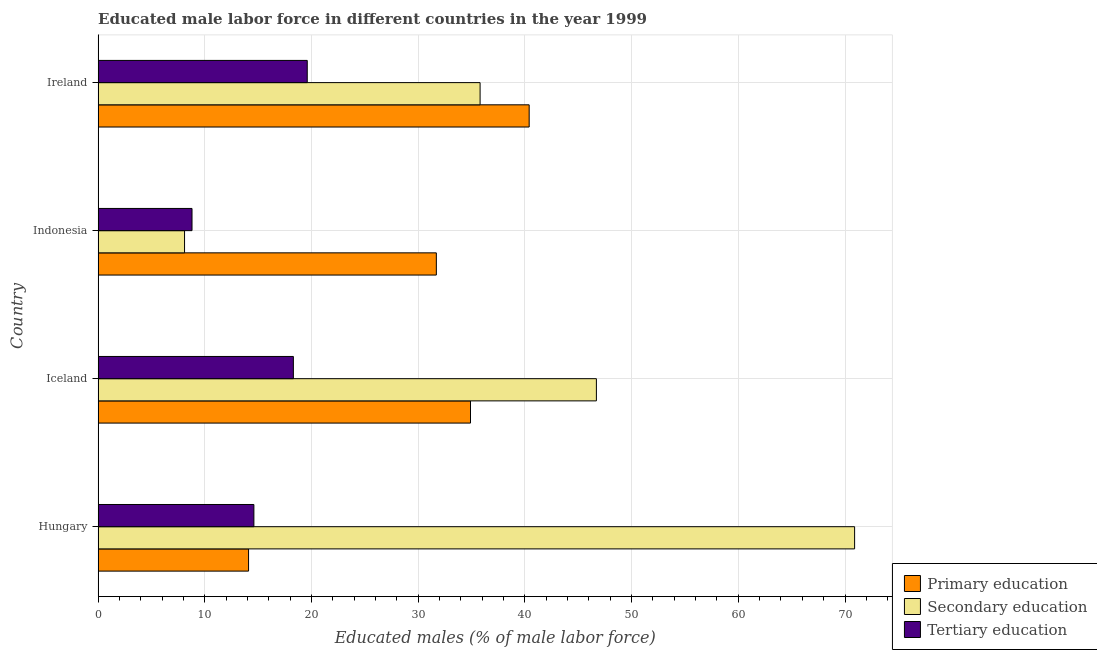
| Country | Primary education | Secondary education | Tertiary education |
 | --- | --- | --- | --- |
 | Hungary | 14.1 | 70.9 | 14.6 |
 | Iceland | 34.9 | 46.7 | 18.3 |
 | Indonesia | 31.7 | 8.1 | 8.8 |
 | Ireland | 40.4 | 35.8 | 19.6 |